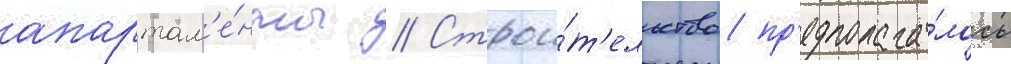
апартам'е́нты // Строи́т'ельство пр'едполага́лось